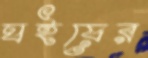
ঘইয়ের